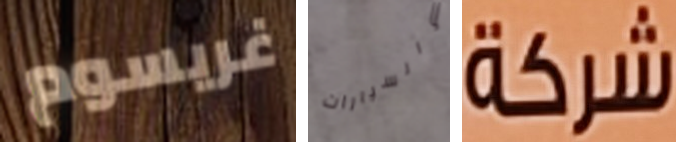
غريسوم والسيارات شركة